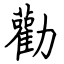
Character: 勸